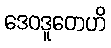
ဒေဝဒူတေဟိ